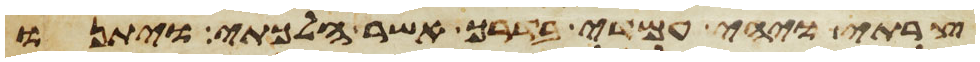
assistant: צרתי ויהי עמדי בדרך אשר הלכתי ויתנו